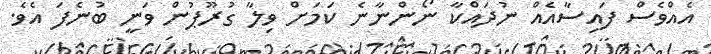
އެއްވެސް ފައިސާއެއް ނުދައްކާ ނޯންނާނެ ކަމަށް ވިލާ ގުރޫޕުން ވަނީ ބުނެފަ އެވެ.